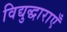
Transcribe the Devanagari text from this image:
विद्युद्धाराएँ